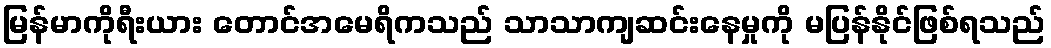
မြန်မာကိုရီးယား တောင်အမေရိကသည် သာသာကျဆင်းနေမှုကို မပြန်နိုင်ဖြစ်ရသည်